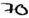
Text: 70